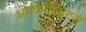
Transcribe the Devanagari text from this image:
ओविपॉज़िटरों